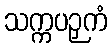
သက္ကပဉှကံ